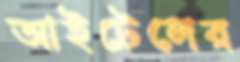
আইটেলের